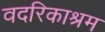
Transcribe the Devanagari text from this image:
वदरिकाश्रम